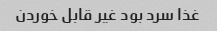
غذا سرد بود غیر قابل خوردن